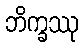
ဘိက္ခဿု